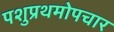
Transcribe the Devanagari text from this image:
पशुप्रथमोपचार